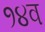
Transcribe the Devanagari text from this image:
१४व